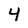
Character: 4